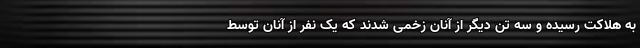
به هلاکت رسیده و سه تن دیگر از آنان زخمی شدند که یک نفر از آنان توسط